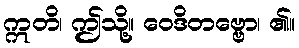
ဣတိ၊ ဤသို့။ ဝေဒိတဗ္ဗော၊ ၏။